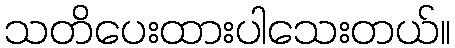
သတိပေးထားပါသေးတယ်။